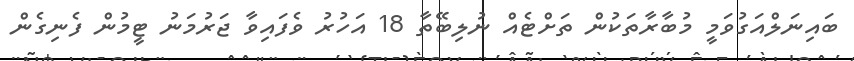
ބައިނަލްއަގުވަމީ މުބާރާތަކުން ތަށްޓެއް ނުލިބޭތާ 18 އަހުރު ވެފައިވާ ޖަރުމަނު ޓީމުން ފެނިގެން